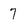
Character: 7